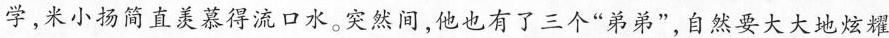
学来小扬简直羡慕得流口水。突然间，他也有了三个“弟弟”，自然要大大地炫耀